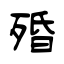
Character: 殙